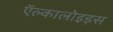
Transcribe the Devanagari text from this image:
ऍल्कालोइड़स